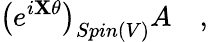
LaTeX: \left(e^{i\mathbf{X}\theta}\right)_{Spin(V)}A\quad,